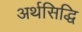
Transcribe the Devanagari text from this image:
अर्थसिद्धि